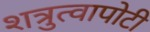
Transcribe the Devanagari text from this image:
शत्रुत्वापोटी